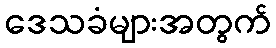
ဒေသခံများအတွက်